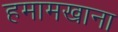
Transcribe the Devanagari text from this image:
हमामखाना